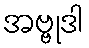
အဗ္ဗုဒါ